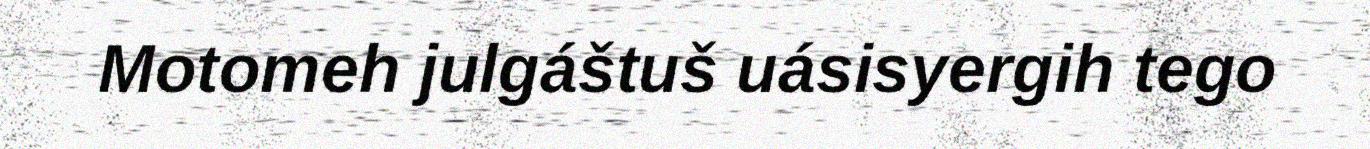
Motomeh julgáštuš uásisyergih tego